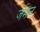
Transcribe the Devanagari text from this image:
र्जमन